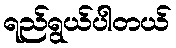
ရည်ရွယ်ပါတယ်